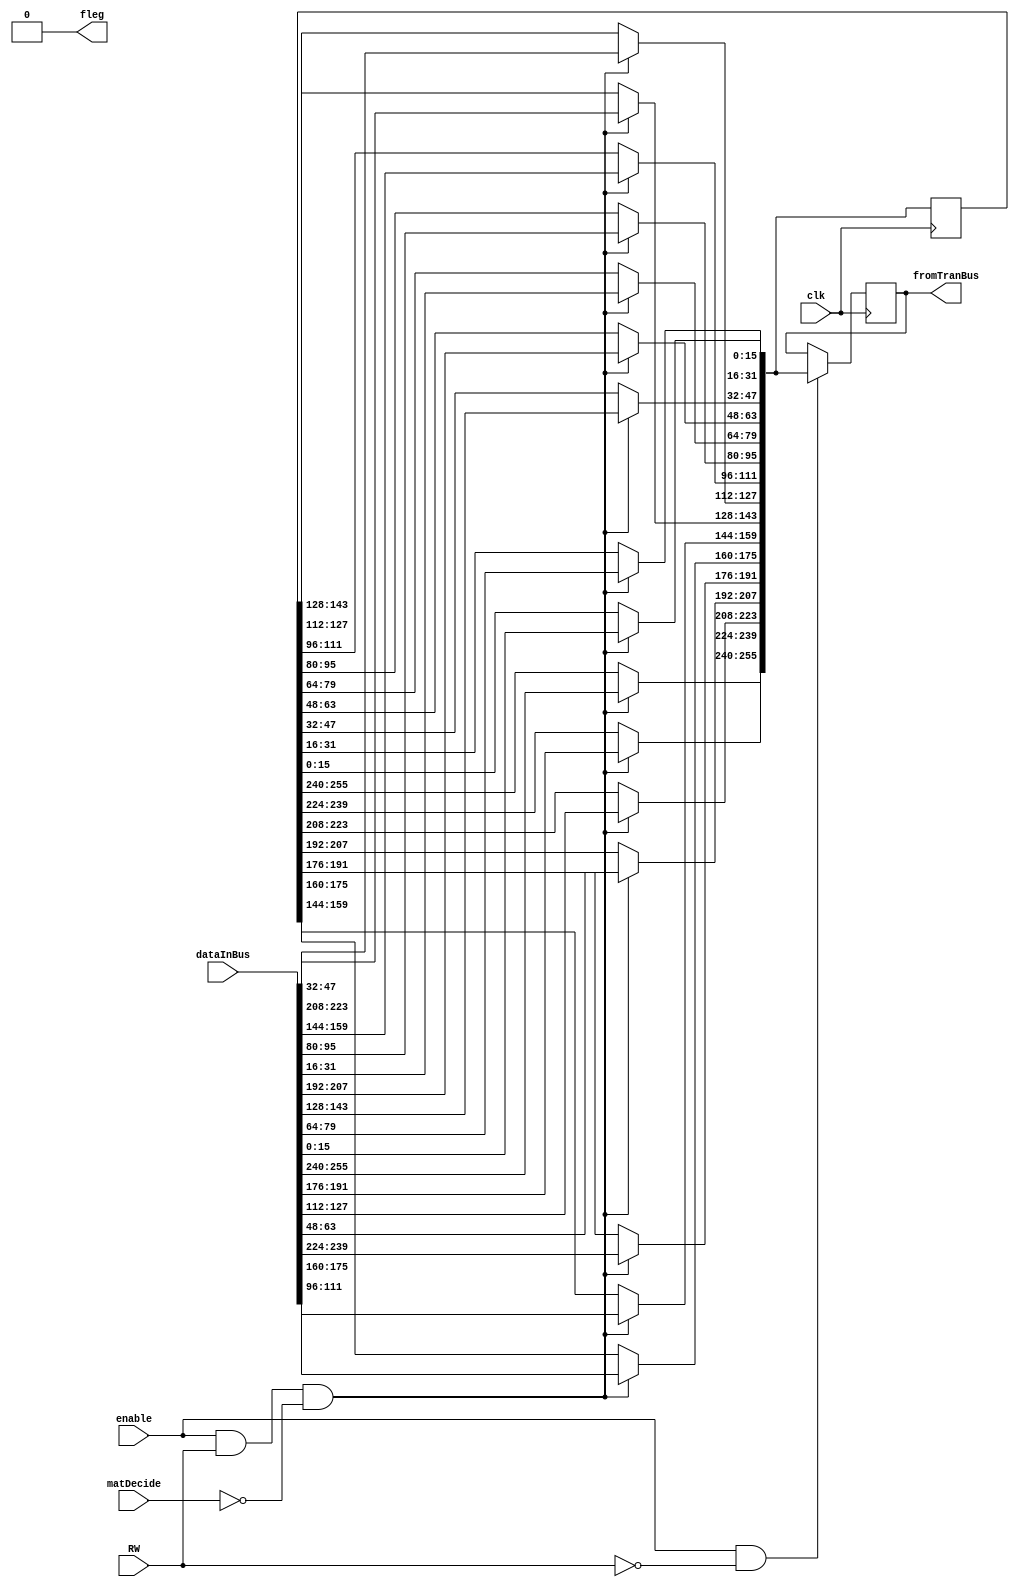
module TranslationModule (fromTranBus, fleg, dataInBus, clk, RW, enable, matDecide);
    output [255:0] fromTranBus;
    output fleg;
    input [255:0] dataInBus;
	input RW, enable, clk, matDecide;
    
    reg [255:0] fromTranBus;
    reg fleg;
    
    reg [255:0] regOut;
    reg [15:0] in1_matMerc[3:0][3:0];
    reg [15:0] in2_matCol[3:0][3:0];
    reg [15:0] out_matTatami[3:0][3:0];
    reg [3:0] i;
    reg [3:0] j;
    reg [3:0] k;
    
    initial
    begin
        fleg = 0;
        for(i=0;i<4;i=i+1)
        begin
            for(j=0;j<4;j=j+1)
            begin
                out_matTatami[i][j] = 0;
            end
        end
    end
    
	// at negedge so that a whole clock cycle isn't wasted
	always @ (negedge clk)
	begin
		// when calculation is finished and flag needs to be brought down
		if (fleg == 1)
		begin
			fleg = 0;
		end
	end
	
    always @ (posedge clk)
    begin
	
		// when the second matrix needs to be loaded into the module, and the calculation will then take place
		if (enable == 1 && RW == 1 && matDecide == 0)
		begin	
			for(i=0;i<4;i=i+1)
			begin
				for(j=0;j<4;j=j+1)
				begin
					in2_matCol[i][j] = dataInBus[i*64+16*j+:16];
				end
			end
			for(i = 0;i<4;i = i +1)
			begin
				for(j=0;j<4;j = j +1)
				begin
					regOut[i*64+16*j+:16] = in2_matCol[j][i];
				end
			end
            fleg = 1;
		end
			
		// when data needs to be output
		if (enable == 1 && RW == 0)
		begin			
			fromTranBus = regOut;
			fleg = 1;
		end
	end
    
endmodule